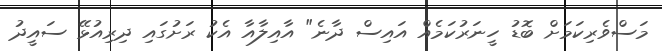
މަސްވެރިކަމަށް ބޮޑު ހީނަރުކަމެއް އައިސް ދާނެ" އާއިލާއާ އެކު ރަށުގައި ދިރިއުޅޭ ސައީދު